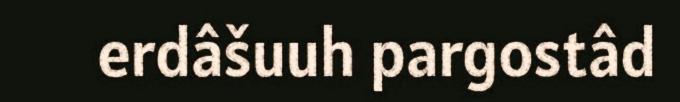
erdâšuuh pargostâd